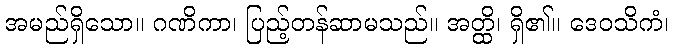
အမည်ရှိသော။ ဂဏိကာ၊ ပြည့်တန်ဆာမသည်။ အတ္ထိ၊ ရှိ၏။ ဒေဝသိကံ၊